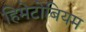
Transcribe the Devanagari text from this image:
हिमेटोबियम